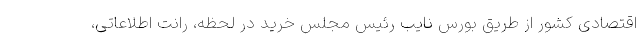
اقتصادی کشور از طریق بورس نایب رئیس مجلس خرید در لحظه، رانت اطلاعاتی،